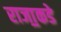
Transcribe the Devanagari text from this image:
राजा॒कडे